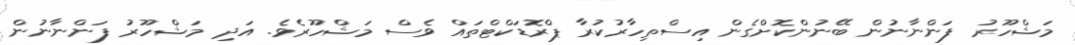
މަޝްހޫރު ފަންނާނުން ބޭނުންކޮށްގެން އިސްތިހާރުކުރާ ޕްރޮޑަކްޓްތައް ވެސް މަޝްހޫރެވެ. އަދި މަޝްހޫރު ފަންނާނުން